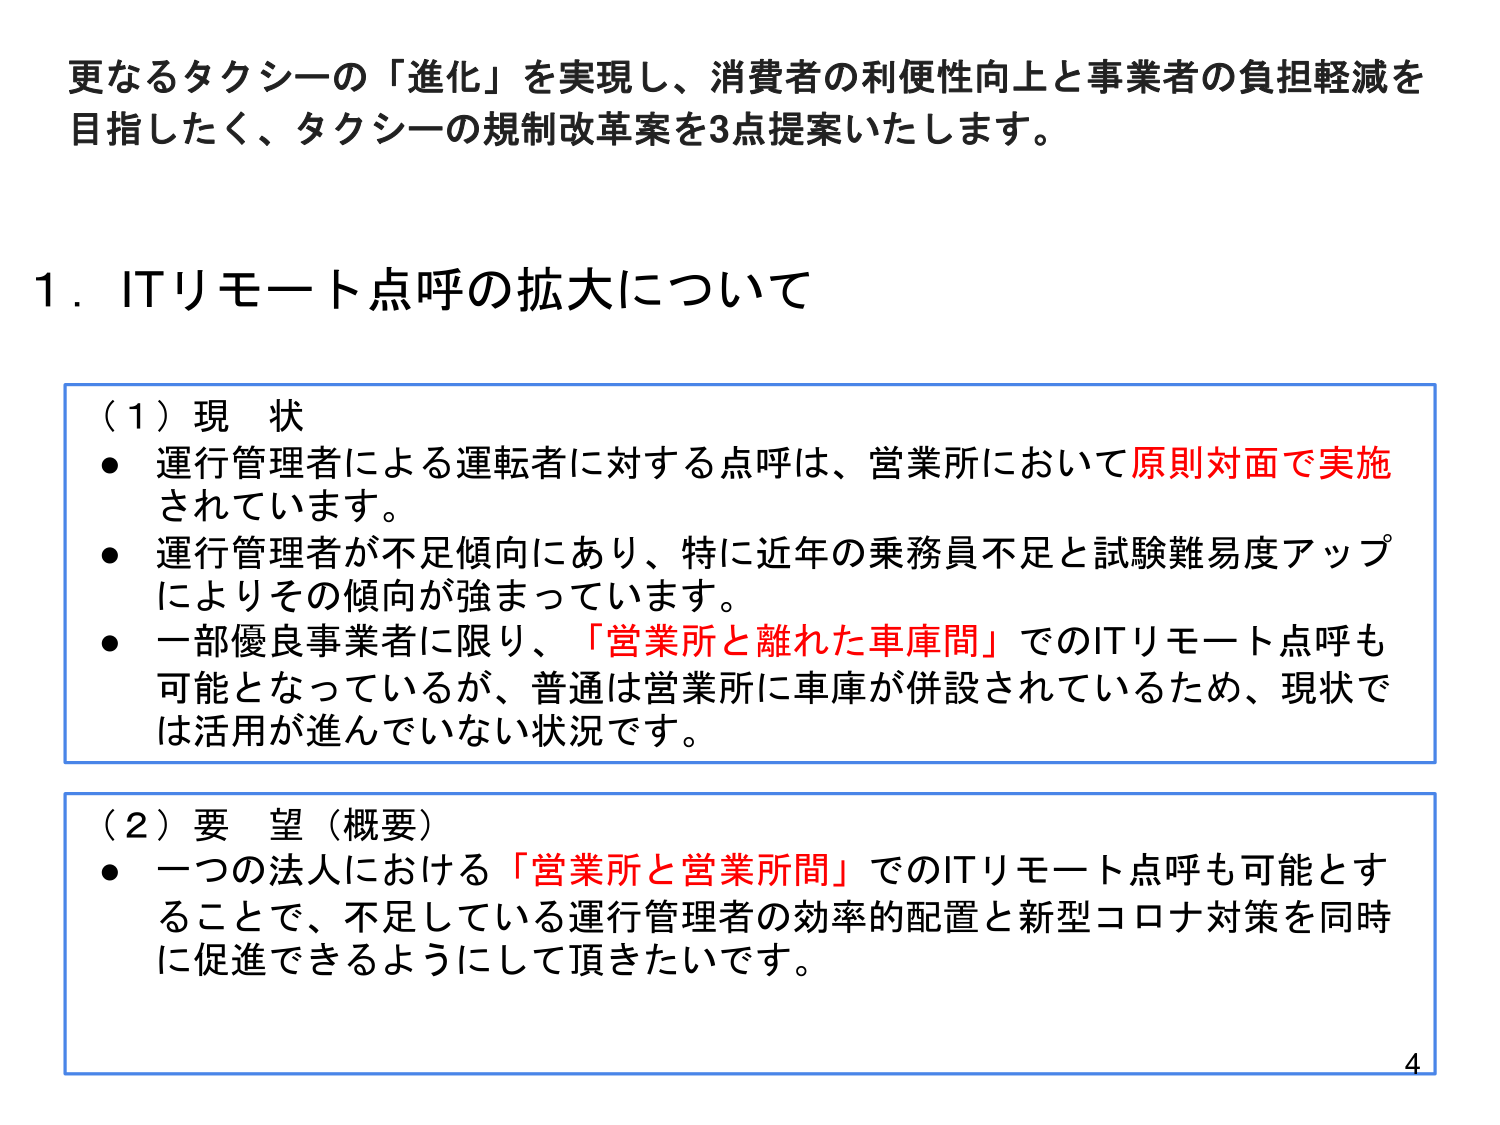
更なるタクシーの「進化」を実現し、消費者の利便性向上と事業者の負担軽減を目指したく、タクシーの規制改革案を3点提案いたします。

1．ITリモート点呼の拡大について

（1）現状
● 運行管理者による運転者に対する点呼は、営業所において原則対面で実施されています。
● 運行管理者が不足傾向にあり、特に近年の乗務員不足と試験難易度アップによりその傾向が強まっています。
● 一部優良事業者に限り、「営業所と離れた車庫間」でのITリモート点呼も可能となっているが、普通は営業所に車庫が併設されているため、現状では活用が進んでいない状況です。

（2）要望（概要）
● 一つの法人における「営業所と営業所間」でのITリモート点呼も可能とすることで、不足している運行管理者の効率的配置と新型コロナ対策を同時に促進できるようにして頂きたいです。

4